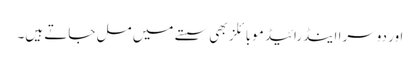
اور دوسرا اینڈرائیڈ موبائلز بھی سستے میں مل جاتے ہیں۔